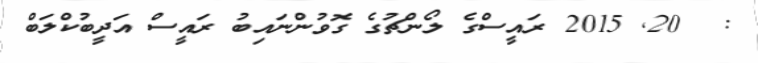
:  20